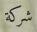
شركة